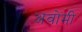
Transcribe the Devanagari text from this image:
अवोमी